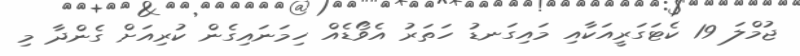
ޖުމްލަ 19 ކެޓަގަރީއަކާއި މައިގަނޑު ހަތަރު އެވޯޑެއް ހިމަނައިގެން ކުރިއަށް ގެންދާ މި